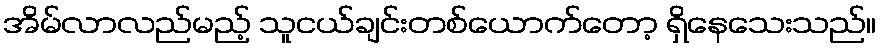
အိမ်လာလည်မည့် သူငယ်ချင်းတစ်ယောက်တော့ ရှိနေသေးသည်။